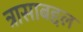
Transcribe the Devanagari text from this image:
त्रासाबद्दल